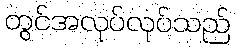
တွင်အလုပ်လုပ်သည်